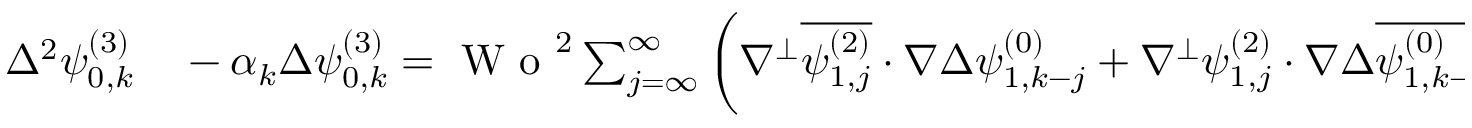
\begin{array} { r l } { \Delta ^ { 2 } \psi _ { 0 , k } ^ { ( 3 ) } } & { { } - \alpha _ { k } \Delta \psi _ { 0 , k } ^ { ( 3 ) } = \textrm { W o } ^ { 2 } \sum _ { j = \infty } ^ { \infty } \bigg ( \nabla ^ { \perp } \overline { { \psi _ { 1 , j } ^ { ( 2 ) } } } \cdot \nabla \Delta \psi _ { 1 , k - j } ^ { ( 0 ) } + \nabla ^ { \perp } \psi _ { 1 , j } ^ { ( 2 ) } \cdot \nabla \Delta \overline { { \psi _ { 1 , k - j } ^ { ( 0 ) } } } } \end{array}